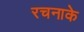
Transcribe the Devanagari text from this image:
रचनाके